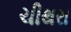
ચીથરા